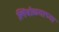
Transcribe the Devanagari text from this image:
लिंबोळ्याच्या